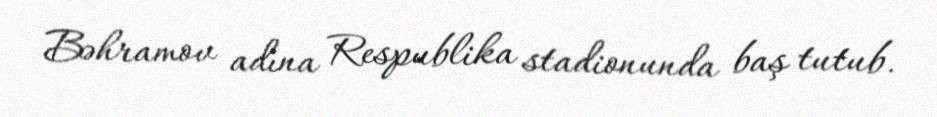
Bəhramov adına Respublika stadionunda baş tutub.